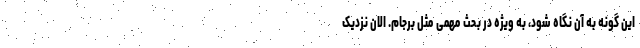
این گونه به آن نگاه شود، به ویژه در بحث مهمی مثل برجام. الان نزدیک